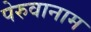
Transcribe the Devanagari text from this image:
पेरुवानाम